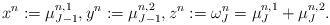
LaTeX: \begin{align*}x^n:=\mu^{n,1}_{J-1}, y^n:=\mu^{n,2}_{J-1}, z^n:=\omega_J^n=\mu^{n,1}_{J}+\mu^{n,2}_{J}.\end{align*}